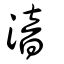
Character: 湆